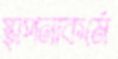
স্থাপনাকর্মে